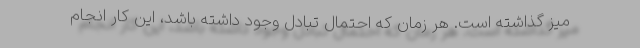
میز گذاشته است. هر زمان که احتمال تبادل وجود داشته باشد، این کار انجام